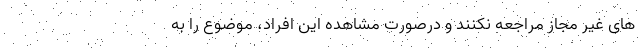
های غیر مجاز مراجعه نکنند و درصورت مشاهده این افراد، موضوع را به